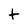
Character: t